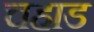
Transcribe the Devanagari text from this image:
चहाड